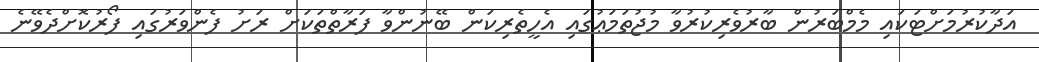
އަދާކުރުމަށްޓަކައި މެމްބަރުން ބާރުވެރިކުރުވާ މުޖުތަމަޢުގައި އެހީތެރިކަން ބޭނުންވާ ފަރާތްތަކަށް ރަށު ފެންވަރުގައި ފޯރުކޮށްދެވޭނެ